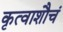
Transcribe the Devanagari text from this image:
कृत्वाशौचं